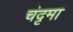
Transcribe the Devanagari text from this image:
चंदृमा